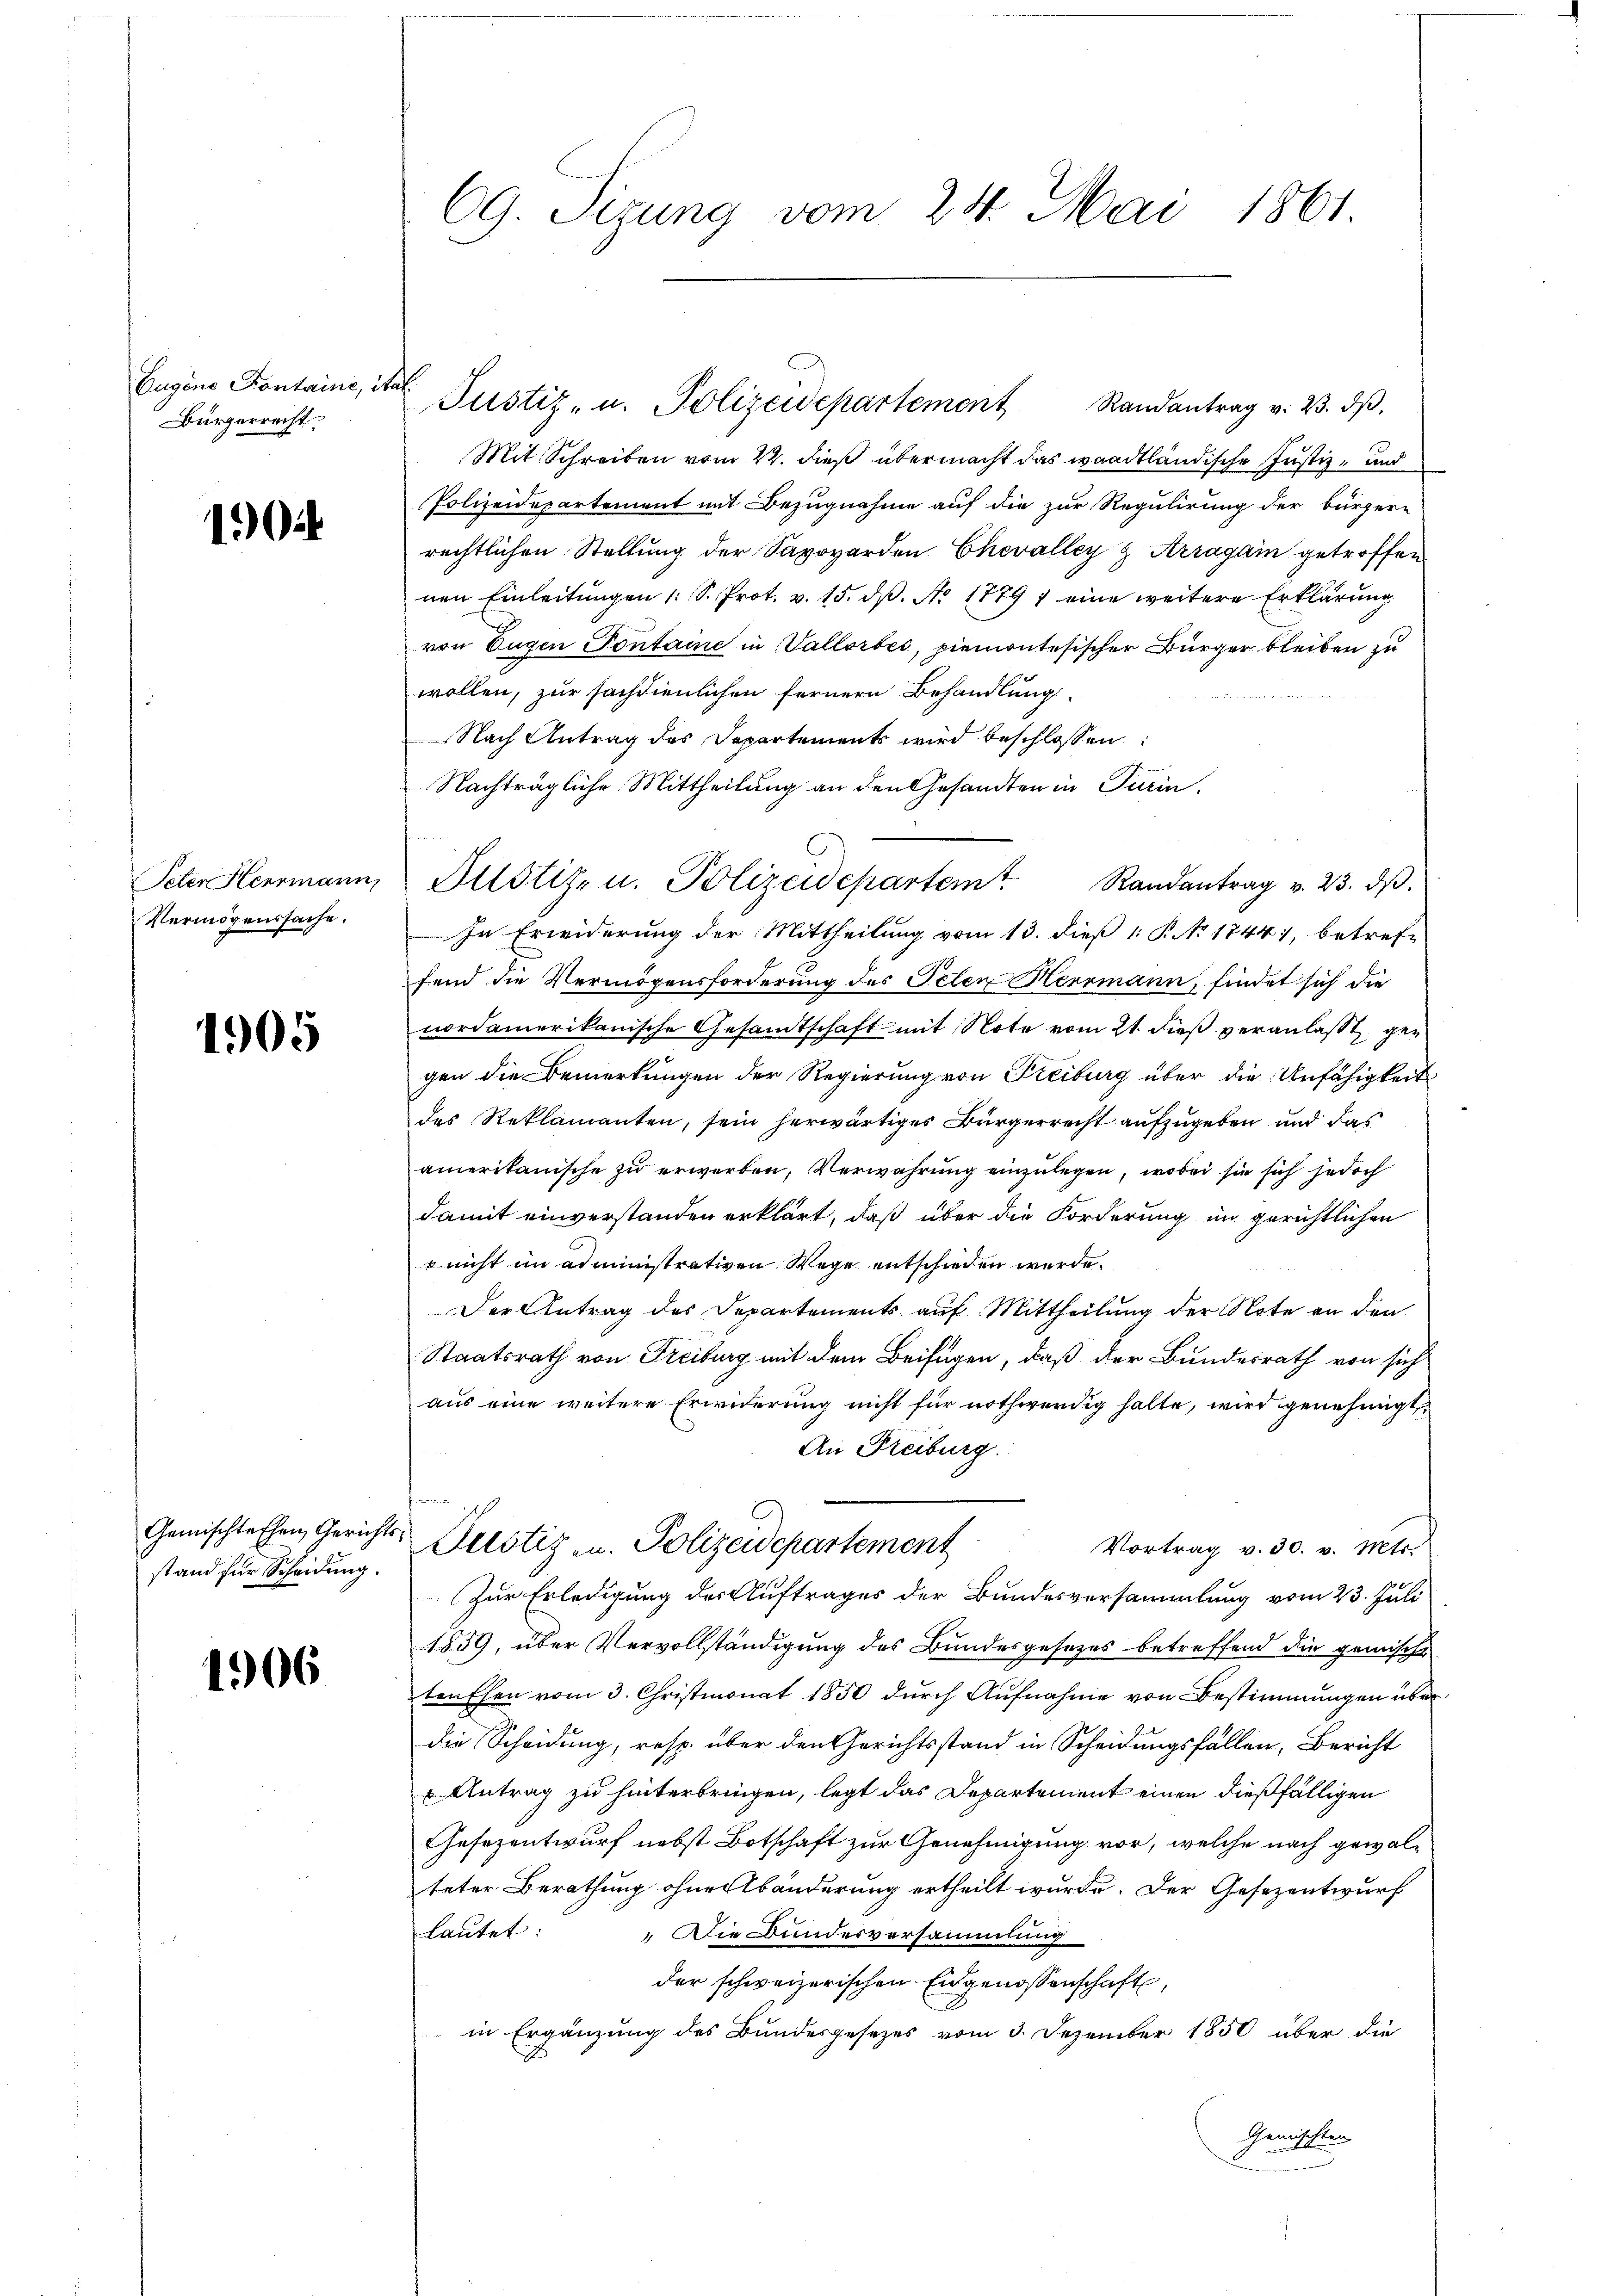
Eugene Kontaine, i
Bürgerrecht

102

Peten Herrmann,
Vermögenssache.

1905

stand für Scheidung.

1906

CG. Sizung vom 24. Mai 1861.

Mit Schreiben vom 22. dieß übermacht das waadtländische Justiz- und
Polizeidepartement mit Bezugnahme auf die zur Regulirung der bürgern
rechtlichen Stellung der Savovarden Chevalley z Arragain getroffen
nen Einleitungen 1 S. Prot. v. 15. dß. No 1779 7 eine weitere Erklärung
von Eugen Pontaine in Vallorbes, piemontesischer Bürger bleiben zu
wollen, zur sachdienlichen Fernern Behandlung
Nach Antrag des Departements wird beschlossen:
Nachträgliche Mittheilung an den Gesandten in Turin.
In Erwiderung der Mittheilung vom 13. dieß 1. P. No 1744), betreffend die Vermögensforderung des Telen Herrmann, findet sich die
nordamerikanische Gesandtschaft mit Note vom 21. dieß veranlaßt ger
gen die Bemerkungen der Regierung von Freiburg über die Unfähigkeit
des Reklamanten, sein herwärtiges Bürgerrecht aufzugeben und das
amerikanische zu erwerben, Verwahrung einzulegen, wobei sie sich jedoch
damit einverstanden erklärt, daß über die Forderung im gerichtlichen
u nicht im administrativen Wege entschieden werde.
Der Antrag des Departements auf Mittheilung der Note an den
Staatsrath von Freiburg mit dem Beifügen, daß der Bundesrath von sich
aus eine weitere Erwiderung nicht für nothwendig halte, wird genehmigt
An Freiburg.
Gemischtechen Gerichts Leistiz u. Polizeidepartement
Vortrag v. 30. v. Mts.
Zur Erledigung der Auftrages der Bundesversammlung vom 23. Juli
1859, über Vervollständigung des Bundesgesezes betreffend die gemische
tenthen vom 3. Christmonat 1850 durch Aufnahme von Bestimmungen über
die Scheidung, resp. über den Gerichtsstand in Scheidungsfällen, Bericht
 Antrag zu hinterbringen, legt das Departement einen dießfälligen
Gesezentwurf nebst Botschaft zur Genehmigung vor, welche nach gewalteter Berathung ohne Abänderung ertheilt wurde. Der Gesezentwurf
lautet:
 Die Bundesversammlung
der schweizerischen Eidgenossenschaft,
in Ergänzung des Bundesgesezes vom 3. Dezember 1850 über die
Gemischten

f

Justiz- u. Polizeidepartement Randantrag v. 23. dβ.

Justiz- u. Polizeidepartem Randantrag v. 23. dβ.